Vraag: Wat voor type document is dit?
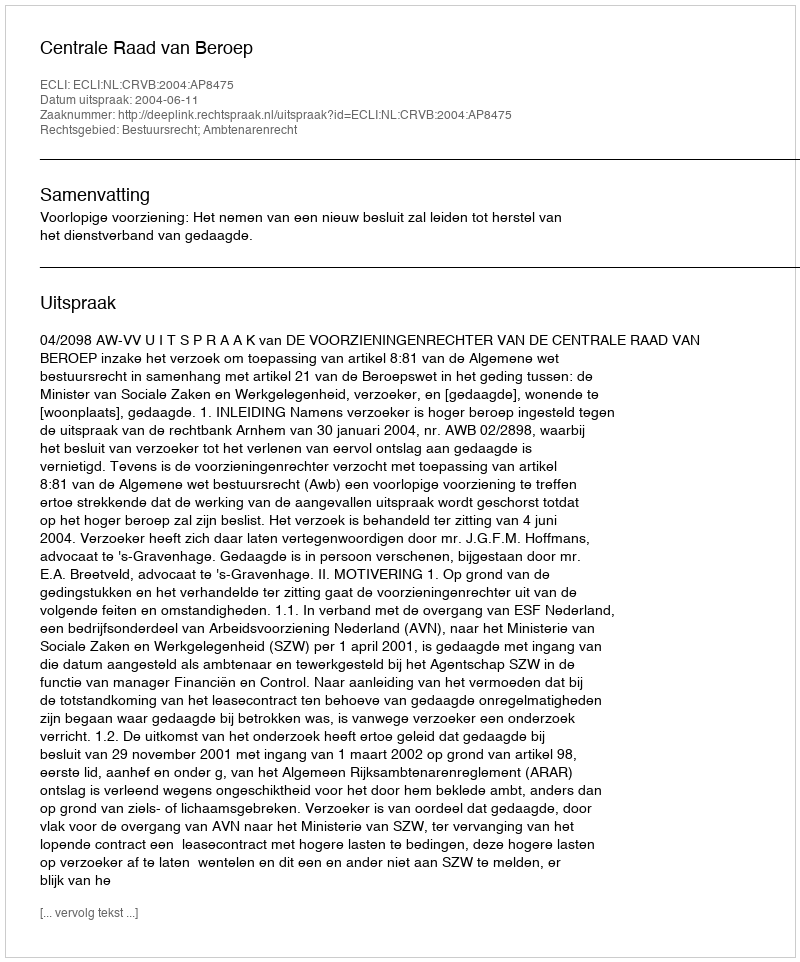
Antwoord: Uitspraak